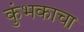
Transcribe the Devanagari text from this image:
कुंभकाचा